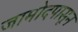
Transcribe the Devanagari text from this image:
जामोदपासून